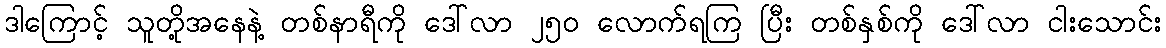
ဒါကြောင့် သူတို့အနေနဲ့ တစ်နာရီကို ဒေါ်လာ ၂၅၀ လောက်ရကြ ပြီး တစ်နှစ်ကို ဒေါ်လာ ငါးသောင်း